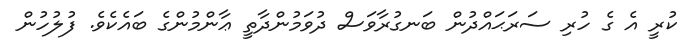
ކުރީ އެ ގެ ހުރި ސަރަޙައްދުން ބަނގުރާވަސް ދުވަމުންދާތީ ޢާންމުންގެ ބައެކެވެ. ފުލުހުން